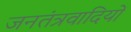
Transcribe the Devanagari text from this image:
जनतंत्रवादियों